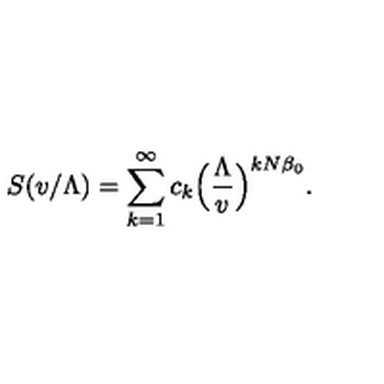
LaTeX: S ( v / \Lambda ) = \sum _ { k = 1 } ^ { \infty } c _ { k } \Bigl ( { \frac { \Lambda } { v } } \Bigr ) ^ { k N \beta _ { 0 } } .